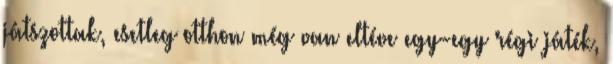
játszottak, esetleg otthon még van eltéve egy-egy régi játék,